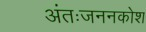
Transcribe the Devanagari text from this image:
अंतःजननकोश